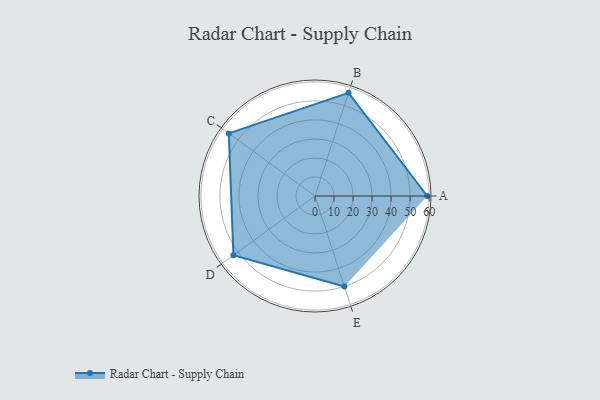
{"axis": {"x": "Skill", "y": "Score"}, "legend": ["Profile"], "data": [{"x": "A", "y": 59.0, "type": "Profile"}, {"x": "B", "y": 57.0, "type": "Profile"}, {"x": "C", "y": 56.0, "type": "Profile"}, {"x": "D", "y": 53.0, "type": "Profile"}, {"x": "E", "y": 50.0, "type": "Profile"}]}